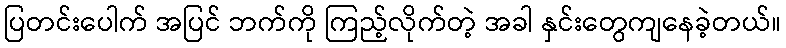
ပြတင်းပေါက် အပြင် ဘက်ကို ကြည့်လိုက်တဲ့ အခါ နှင်းတွေကျနေခဲ့တယ်။